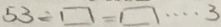
5 3 - \square = \square \cdots 3